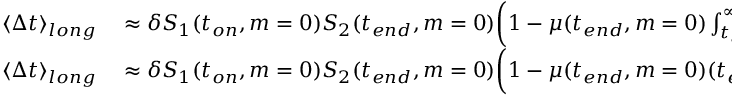
\begin{array} { r l } { \langle \Delta t \rangle _ { l o n g } } & { { } \approx \delta S _ { 1 } ( t _ { o n } , m = 0 ) S _ { 2 } ( t _ { e n d } , m = 0 ) \bigg ( 1 - \mu ( t _ { e n d } , m = 0 ) \int _ { t _ { e n d } } ^ { \infty } I ( t _ { e n d } < t _ { e } ) d t \bigg ) } \\ { \langle \Delta t \rangle _ { l o n g } } & { { } \approx \delta S _ { 1 } ( t _ { o n } , m = 0 ) S _ { 2 } ( t _ { e n d } , m = 0 ) \bigg ( 1 - \mu ( t _ { e n d } , m = 0 ) ( t _ { e } - t _ { e n d } ) \bigg ) } \end{array}